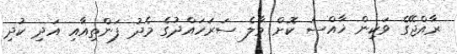
ރާއްޖޭގެ ވަކިން ޚާއްސަ ކޮށް މާލެ ސަރަހައްދުގެ މެދު ފަންތިއާއި އަދި ކުދި